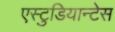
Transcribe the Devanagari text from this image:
एस्टुडियान्टेस